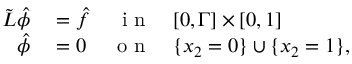
\begin{array} { r l r l } { \tilde { L } \hat { \phi } } & { { } = \hat { f } } & { \textnormal { i n } } & { { } [ 0 , \Gamma ] \times [ 0 , 1 ] } \\ { \hat { \phi } } & { { } = 0 } & { \textnormal { o n } } & { { } \lbrace x _ { 2 } = 0 \rbrace \cup \lbrace x _ { 2 } = 1 \rbrace , } \end{array}